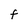
Character: F